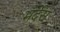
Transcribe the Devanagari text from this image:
मर्देस